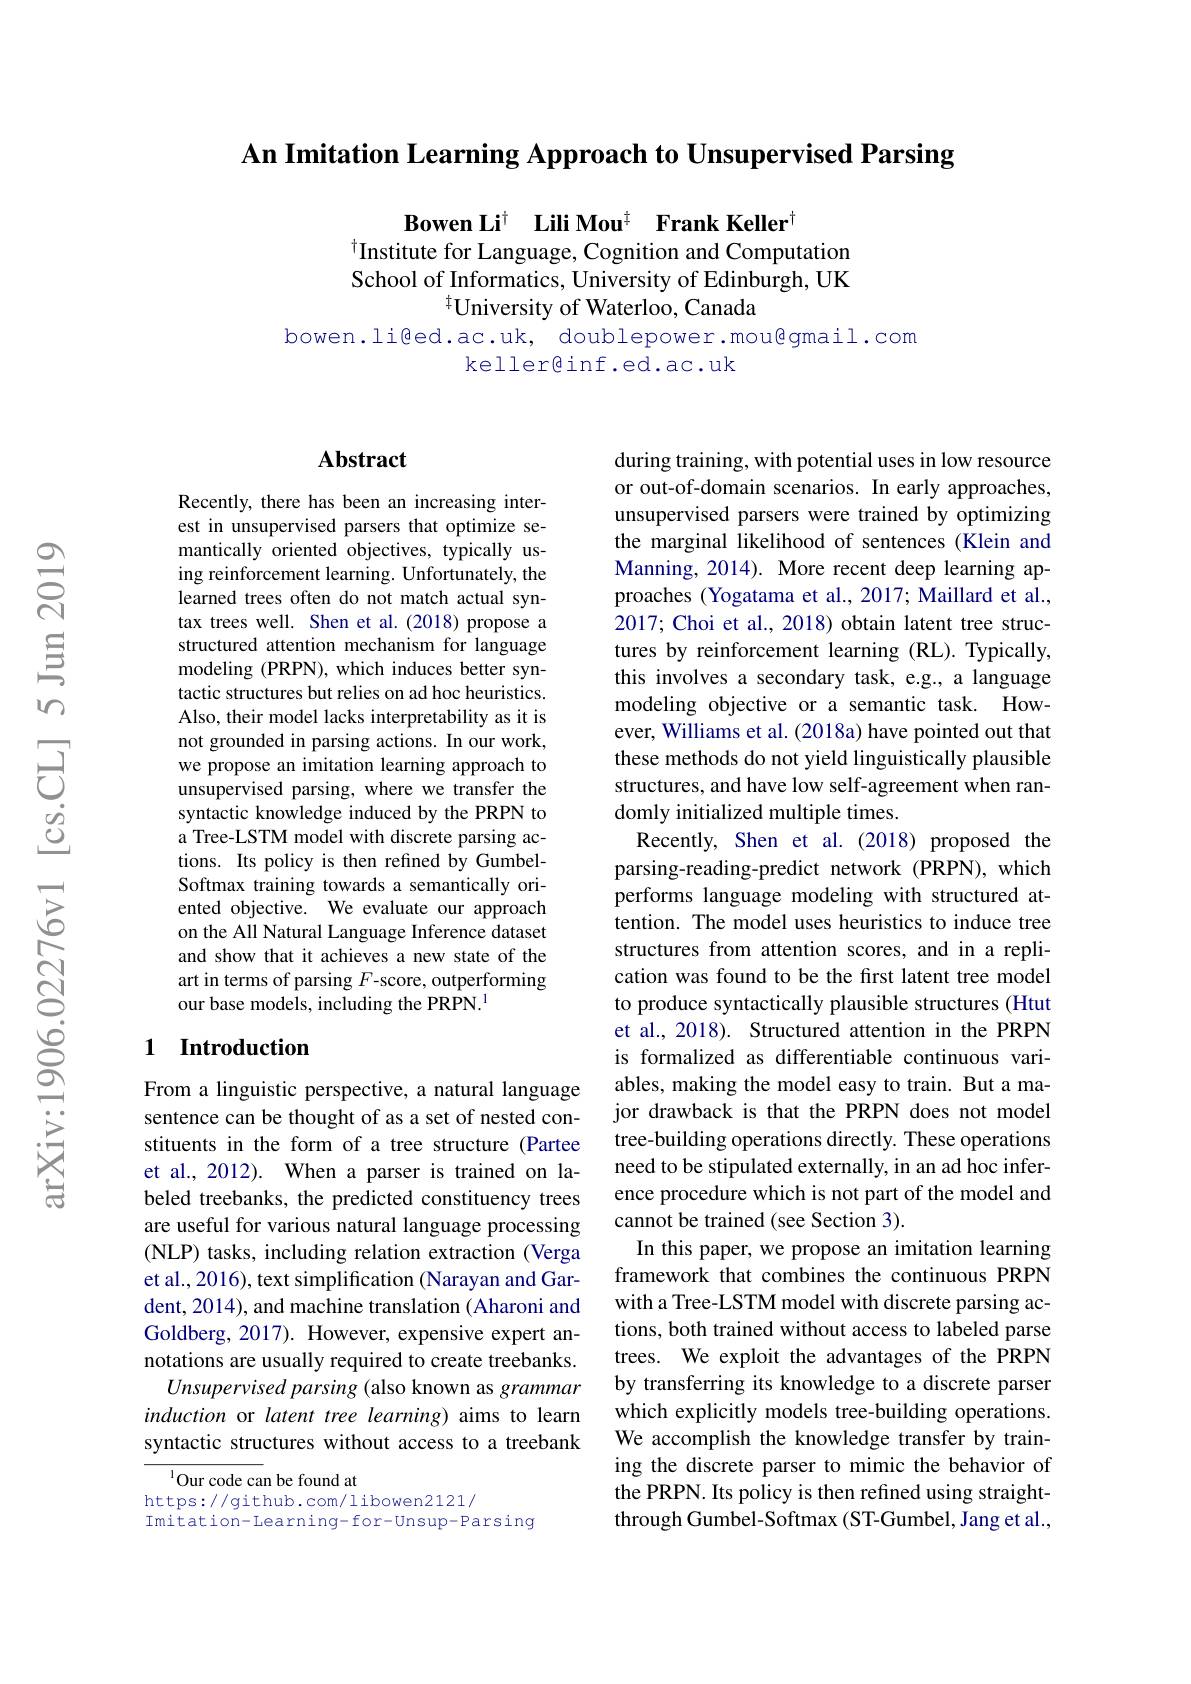
An Imitation Learning Approach to Unsupervised Parsing

Bowen Li$^{\dagger}$ Lili Mou$^{\ddagger}$ Frank Keller$^{\dagger}$
Institute for Language, Cognition and Computation School of Informatics, University of Edinburgh, UK
$^{\dagger}$University of Waterloo, Canada

bowen.liged.ac.uk, doublepower.mou@gmail.com
keller@inf.ed.ac.uk

### $\mathbf{Abstract}$

Recently, there has been an increasing interest in unsupervised parsers that optimize semantically oriented objectives, typically using reinforcement learning. Unfortunately, the learned trees often do not match actual syntax trees well. Shen et al.(2018) propose a structured attention mechanism for language modeling (PRPN),which induces better syntactic structures but relies on ad hoc heuristics. Also, their model lacks interpretability as it is not grounded in parsing actions. In our work, we propose an imitation learning approach to unsupervised parsing, where we transfer the syntactic knowledge induced by the PRPN to a Tree-LSTM model with discrete parsing actions. Its policy is then refined by GumbelSoftmax training towards a semantically oriented objective. We evaluate our approach on the All Natural Language Inference dataset and show that it achieves a new state of the art in terms of parsing $F$-score, outperforming our base models, including the PRPN.$^{1}$

## 1 Introduction

From a linguistic perspective, a natural language sentence can be thought of as a set of nested constituents in the form of a tree structure (Partee et al., 2012). When a parser is trained on labeled treebanks, the predicted constituency trees are useful for various natural language processing (NLP) tasks, including relation extraction (Verga et al., 2016), text simplification (Narayan and Gardent, 2014), and machine translation (Aharoni and Goldberg, 2017). However, expensive expert annotations are usually required to create treebanks. Unsupervised parsing (also known as grammar induction or latent tree learning) aims to learn syntactic structures without access to a treebank

$^{1}$Our code can be found at
https://github.com/libowen2121/
Imitation-Learning-for-Unsup-Parsing

during training, with potential uses in low resource or out-of-domain scenarios. In early approaches, unsupervised parsers were trained by optimizing the marginal likelihood of sentences (Klein and Manning, 2014). More recent deep learning approaches (Yogatama et al., 2017; Maillard et al., 2017; Choi et al., 2018) obtain latent tree structures by reinforcement learning (RL). Typically, this involves a secondary task, e.g., a language modeling objective or a semantic task. However, Williams et al. (2018a) have pointed out that these methods do not yield linguistically plausible structures, and have low self-agreement when randomly initialized multiple times.
Recently, Shen et al.(2018) proposed the parsing-reading-predict network (PRPN), which performs language modeling with structured attention. The model uses heuristics to induce tree structures from attention scores, and in a replication was found to be the first latent tree model to produce syntactically plausible structures (Htut et al., 2018). Structured attention in the PRPN is formalized as differentiable continuous variables, making the model easy to train. But a major drawback is that the PRPN does not model tree-building operations directly. These operations need to be stipulated externally, in an ad hoc inference procedure which is not part of the model and cannot be trained (see Section 3).
In this paper, we propose an imitation learning framework that combines the continuous PRPN with a Tree-LSTM model with discrete parsing actions, both trained without access to labeled parse trees. We exploit the advantages of the PRPN by transferring its knowledge to a discrete parser which explicitly models tree-building operations. We accomplish the knowledge transfer by training the discrete parser to mimic the behavior of the PRPN. Its policy is then refined using straightthrough Gumbel-Softmax (ST-Gumbel, Jang et al.